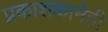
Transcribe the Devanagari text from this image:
प्रकाशकानेही